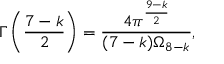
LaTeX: \Gamma \left( \frac { 7 - k } { 2 } \right) = \frac { 4 \pi ^ { \frac { 9 - k } { 2 } } } { ( 7 - k ) \Omega _ { 8 - k } } ,